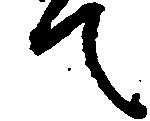
て